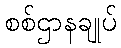
စစ်ဌာနချုပ်